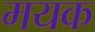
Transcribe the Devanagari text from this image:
मयक